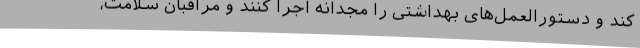
کند و دستورالعمل‌های بهداشتی را مجدانه اجرا کنند و مراقبان سلامت،